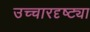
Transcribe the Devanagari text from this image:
उच्चारदृष्ट्या